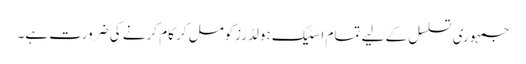
جمہوری تسلسل کے لیے تمام اسٹیک ہولڈرزکومل کر کام کرنے کی ضرورت ہے۔